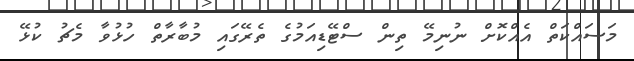
މަސައްކަތް އެއްކޮށް ނުނިމޭ ތިން ސްޓޭޑިއަމުގެ ތެރޭގައި މުބާރާތް ހުޅުވާ މެޗު ކުޅޭ